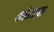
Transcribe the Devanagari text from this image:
कोडएक